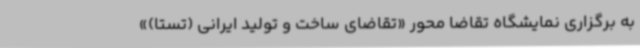
به برگزاری نمایشگاه تقاضا محور «تقاضای ساخت و تولید ایرانی (تستا)»